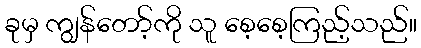
ခုမှ ကျွန်တော့်ကို သူ စေ့စေ့ကြည့်သည်။